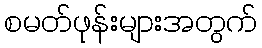
စမတ်ဖုန်းများအတွက်